Vital statistics of India. Vol. V, Reports of 1876 on armies & jails and on epidemic cholera
Year: 1876
Disease focus: Cholera
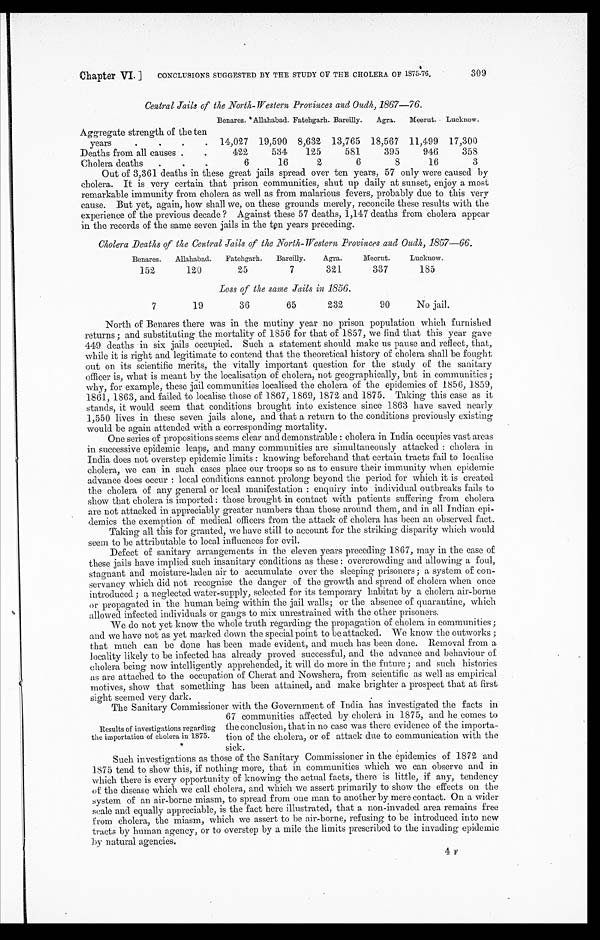
Chapter VI.
CONCLUSIONS SUGGESTED BY THE STUDY OF THE CHOLERA OF 1575-76.
309
Central Jails of the North-Western Provinces and Oudh,1867-76.
Benares. *Allahabad. Fatehgarh. Bareilly.
Agra.
Meerut. Lueknow.
Aggregate strength of the ten
years
. . . .
14,027 19,590 8,632 13,765 18,567 11,499 17,300
Deaths from all causes .
.
422
534
125
581
395
946
358
Cholera deaths
.
6
16
2
6
8
16
3
Out of 3,361 deaths in these great jails spread over ten years, 57 only were caused by
cholera. It is very certain that prison communities, shut up daily at sunset, enjoy a most
remarkable immunity from cholera as well as from malarious fevers, probably due to this very
cause. But yet, again, how shall we, on these grounds merely, reconcile these results with the
experience of the previous decade ? Against these 57 deaths, 1,147 deaths from cholera appear
in the records of the same seven jails in the ten years preceding.
Cholera Deaths of the Central Jails of the North-Western Provinces and Oudh, 1857-66.
Benares.
Allahabad.
Fatehgarh.
Bareilly.
Agra.
Meerut.
Lucknow.
152
120
25
7
321
337
185
Loss of the same Jails in 1856.
7
19
36
65
232
90
No jail.
North of Benares there was in the mutiny year no prison population which furnished
returns ; and substituting the mortality of 1856 for that of 1857, we find that this year gave
449 deaths in six jails occupied. Such a statement should make us pause and reflect, that,
while it is right and legitimate to contend that the theoretical history of cholera shall be fought
out on its scientific merits, the vitally important question for the study of the sanitary
officer is, what is meant by the localisation of cholera, not geographically, but in communities ;
why, for example, these jail communities localised the cholera of the epidemics of 1856, 1859,
1861, 1863, and failed to localise those of 1867, 1869, 1872 and 1875. Taking this case as it
stands, it would seem that conditions brought into existence since 1863 have saved nearly
1,550 lives in these seven jails alone, and that a return to the conditions previously existing
would be again attended with a corresponding mortality.
One series of propositions seems clear and demonstrable : cholera in India occupies vast areas
in successive epidemic leaps, and many communities are simultaneously attacked : cholera in
India does not overstep epidemic limits : knowing beforehand that certain tracts fail to localise
cholera, we can in such cases place our troops so as to ensure their immunity when epidemic
advance does occur : local conditions cannot prolong beyond the period for which it is created
the cholera of any general or local manifestation : enquiry into individual outbreaks fails to
show that cholera is imported : those brought in contact with patients suffering from cholera
are not attacked in appreciably greater numbers than those around them, and in all Indian epi-
demics the exemption of medical officers from the attack of cholera has been an observed fact.
Taking all this for granted, we have still to account for the striking disparity which would
seem to be attributable to local influences for evil.
Defect of sanitary arrangements in the eleven years preceding 1867, may in the case of
these jails have implied such insanitary conditions as these : overcrowding and allowing a foul,
stagnant and moisture-laden air to accumulate over the sleeping prisoners; a system of con-
servancy which did not recognise the danger of the growth and spread of cholera when once
introduced ; a neglected water-supply, selected for its temporary habitat by a cholera air-borne
or propagated in the human being within the jail walls; or the absence of quarantine, which
allowed infected individuals or gangs to mix unrestrained with the other prisoners.
We do not yet know the whole truth regarding the propagation of cholera in communities ;
and we have not as yet marked down the special point to be attacked. We know the outworks ;
that much can be done has been made evident, and much has been done. Removal from a
locality likely to be infected has already proved successful, and the advance and behaviour of
cholera being now intelligently apprehended, it will do more in the future ; and such histories
as are attached to the occupation of Cherat and Nowshera, from scientific as well as empirical
motives, show that something has been attained, and make brighter a prospect that at first
sight seemed very dark.
The Sanitary Commissioner with the Government of India has investigated the facts in
67 communities affected by cholera in 1875, and he comes to
Results of investigations regarding the conclusion, that in no case was there evidence of the importa-
the importation of cholera in 1875.
tion of the cholera, or of attack due to communication with the
sick.
Such investigations as those of the Sanitary Commissioner in the epidemics of 1872 and
1875 tend to show this, if nothing more, that in communities which we can observe and in
which there is every opportunity of knowing the actual facts, there is little, if any, tendency
of the disease which we call cholera, and which we assert primarily to show the effects on the
system of an air-borne miasm, to spread from one man to another by mere contact. On a wider
scale and equally appreciable, is the fact here illustrated, that a non-invaded area remains free
from cholera, the miasm, which we assert to be air-borne, refusing to be introduced into new
tracts by human agency, or to overstep by a mile the limits prescribed to the invading epidemic
b y n a t u r a l a g e n c i e s .
4 r